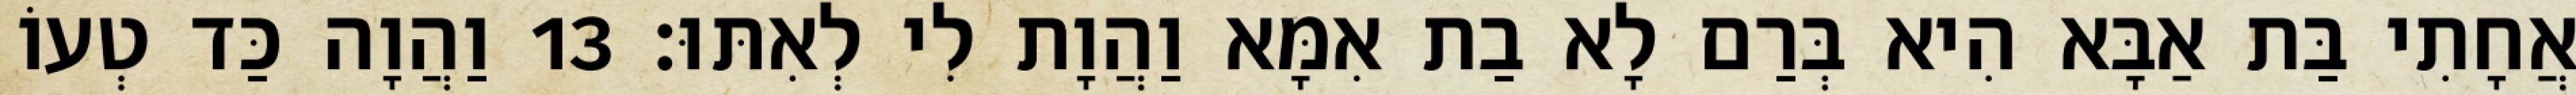
אֲחָתִי בַּת אַבָּא הִיא בְּרַם לָא בַת אִמָּא וַהֲוָת לִי לְאִתּוּ׃ 13 וַהֲוָה כַּד טְעוֹ